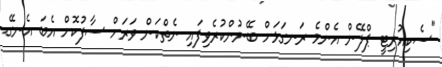
"ސެކިއުރިޓީ ޕްލޭން އެންމެ ރަނގަޅަށް ބޭނުންކުރެވިފައި ނެތްކަން ވަރަށް ސާފުކޮށް އެބަ އެނގޭ.